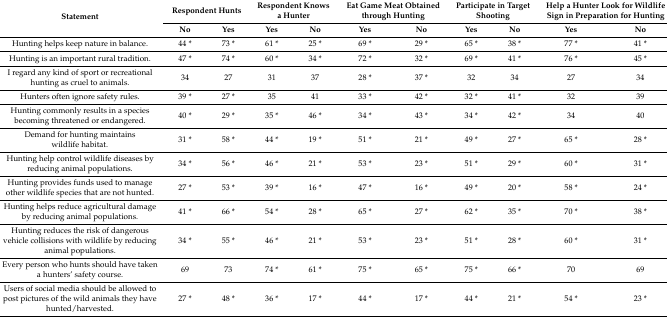
| <ROWSPAN=2> Statement | <COLSPAN=2> Respondent Hunts | <COLSPAN=2> Respondent Knows a Hunter | <COLSPAN=2> Eat Game Meat Obtained through Hunting | <COLSPAN=2> Participate in Target Shooting | <COLSPAN=2> Help a Hunter Look for Wildlife Sign in Preparation for Hunting |
 | No | Yes | Yes | No | Yes | No | Yes | No | Yes | No |
 | --- | --- | --- | --- | --- | --- | --- | --- | --- | --- | --- |
 | Hunting helps keep nature in balance. | 44 * | 73 * | 61 * | 25 * | 69 * | 29 * | 65 * | 38 * | 77 * | 41 * |
 | Hunting is an important rural tradition. | 47 * | 74 * | 60 * | 34 * | 72 * | 32 * | 69 * | 41 * | 76 * | 45 * |
 | I regard any kind of sport or recreational hunting as cruel to animals. | 34 | 27 | 31 | 37 | 28 * | 37 * | 32 | 34 | 27 | 34 |
 | Hunters often ignore safety rules. | 39 * | 27 * | 35 | 41 | 33 * | 42 * | 32 * | 41 * | 32 | 39 |
 | Hunting commonly results in a species becoming threatened or endangered. | 40 * | 29 * | 35 * | 46 * | 34 * | 43 * | 34 * | 42 * | 34 | 40 |
 | Demand for hunting maintains wildlife habitat. | 31 * | 58 * | 44 * | 19 * | 51 * | 21 * | 49 * | 27 * | 65 * | 28 * |
 | Hunting help control wildlife diseases by reducing animal populations. | 34 * | 56 * | 46 * | 21 * | 53 * | 23 * | 51 * | 29 * | 60 * | 31 * |
 | Hunting provides funds used to manage other wildlife species that are not hunted. | 27 * | 53 * | 39 * | 16 * | 47 * | 16 * | 49 * | 20 * | 58 * | 24 * |
 | Hunting helps reduce agricultural damage by reducing animal populations. | 41 * | 66 * | 54 * | 28 * | 65 * | 27 * | 62 * | 35 * | 70 * | 38 * |
 | Hunting reduces the risk of dangerous vehicle collisions with wildlife by reducing animal populations. | 34 * | 55 * | 46 * | 21 * | 53 * | 23 * | 51 * | 28 * | 60 * | 31 * |
 | Every person who hunts should have taken a hunters’ safety course. | 69 | 73 | 74 * | 61 * | 75 * | 65 * | 75 * | 66 * | 70 | 69 |
 | Users of social media should be allowed to post pictures of the wild animals they have hunted/harvested. | 27 * | 48 * | 36 * | 17 * | 44 * | 17 * | 44 * | 21 * | 54 * | 23 * |